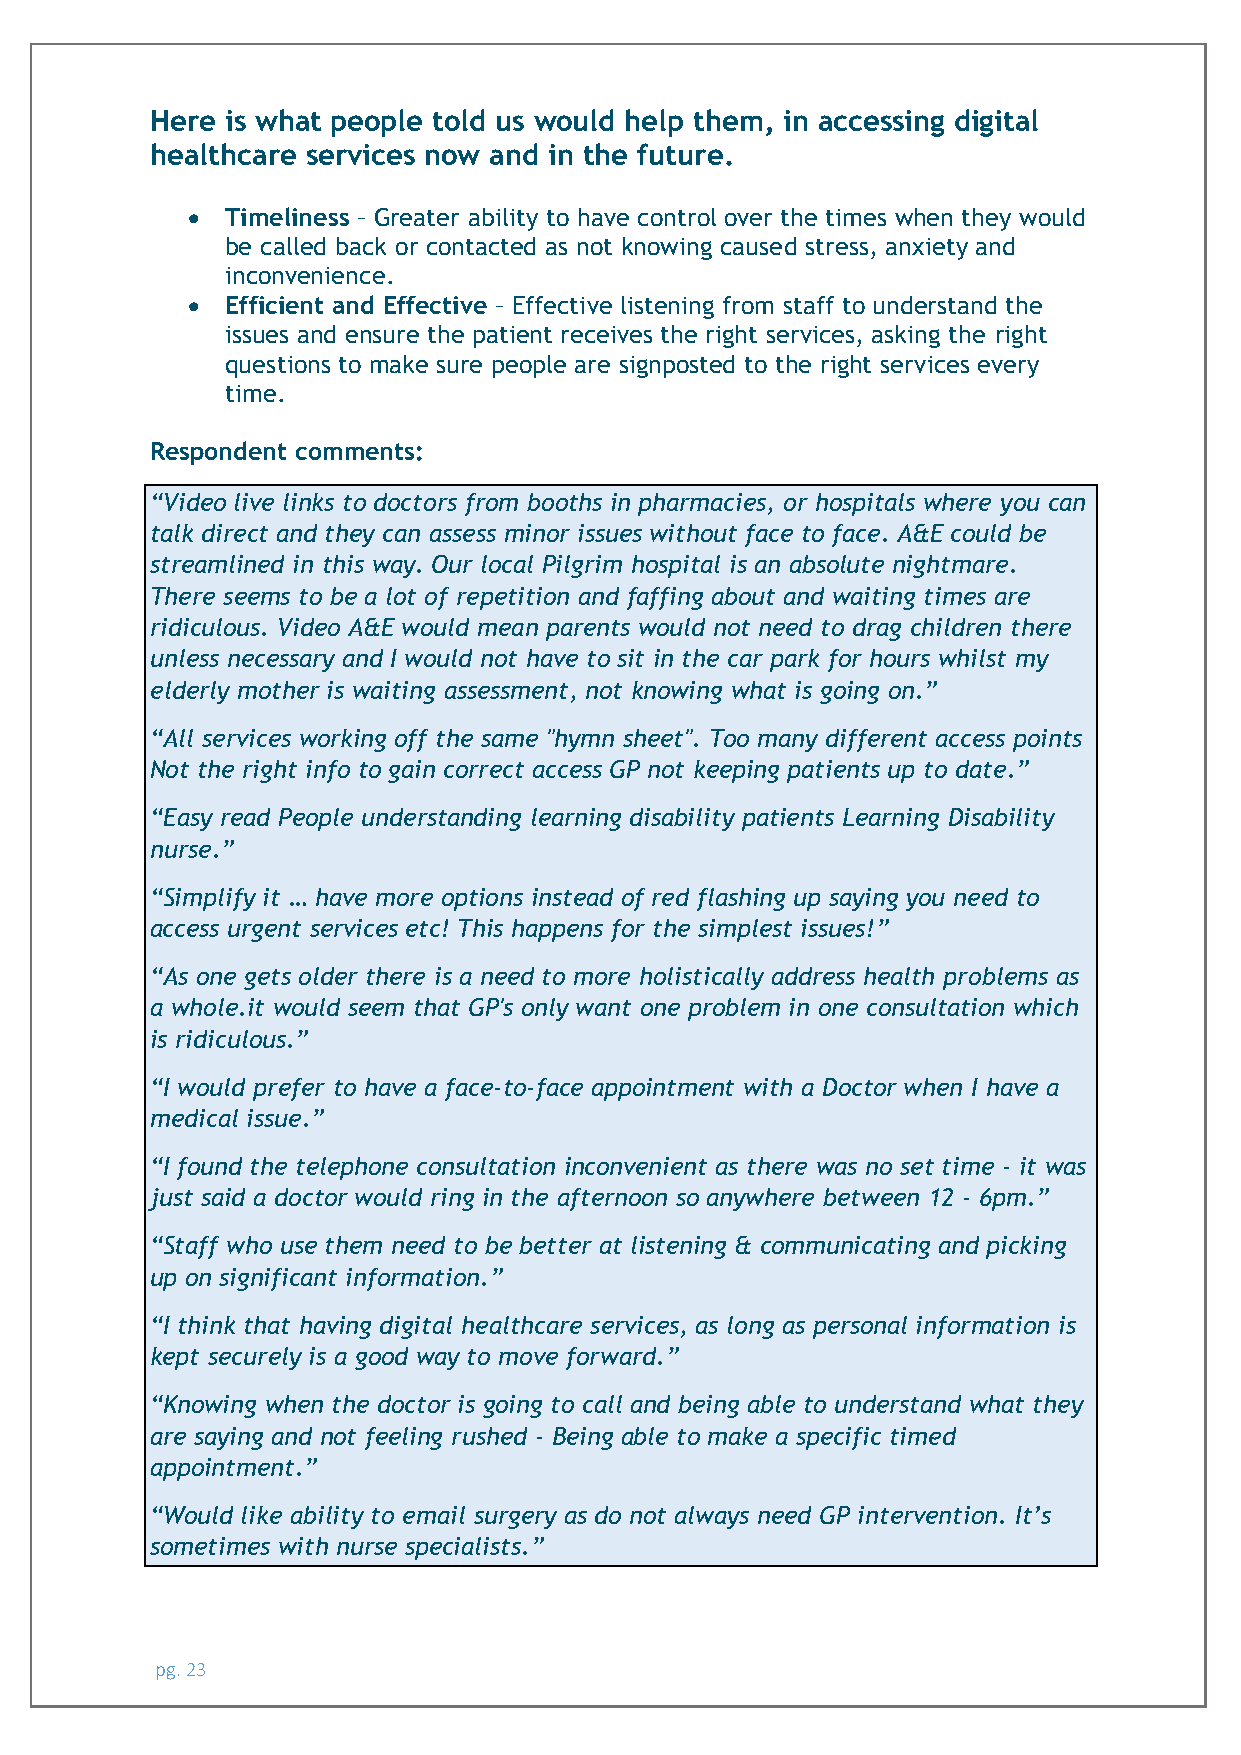
Here is what people told us would help them, in accessing digital
 healthcare services now and in the future.
 •  Timeliness – Greater ability to have control over the times when they would
 be called back or contacted as not knowing caused stress, anxiety and
 inconvenience.
 •  Efficient and Effective – Effective listening from staff to understand the
 issues and ensure the patient receives the right services, asking the right
 questions to make sure people are signposted to the right services every
 time.
 Respondent comments:
 “Video live links to doctors from booths in pharmacies, or hospitals where you can
 talk direct and they can assess minor issues without face to face. A&E could be
 streamlined in this way. Our local Pilgrim hospital is an absolute nightmare.
 There seems to be a lot of repetition and faffing about and waiting times are
 ridiculous. Video A&E would mean parents would not need to drag children there
 unless necessary and I would not have to sit in the car park for hours whilst my
 elderly mother is waiting assessment, not knowing what is going on.”
 “All services working off the same "hymn sheet". Too many different access points
 Not the right info to gain correct access GP not keeping patients up to date.”
 “Easy read People understanding learning disability patients Learning Disability
 nurse.”
 “Simplify it … have more options instead of red flashing up saying you need to
 access urgent services etc! This happens for the simplest issues!”
 “As one gets older there is a need to more holistically address health problems as
 a whole.it would seem that GP's only want one problem in one consultation which
 is ridiculous.”
 “I would prefer to have a face-to-face appointment with a Doctor when I have a
 medical issue.”
 “I found the telephone consultation inconvenient as there was no set time - it was
 just said a doctor would ring in the afternoon so anywhere between 12 - 6pm.”
 “Staff who use them need to be better at listening & communicating and picking
 up on significant information.”
 “I think that having digital healthcare services, as long as personal information is
 kept securely is a good way to move forward.”
 “Knowing when the doctor is going to call and being able to understand what they
 are saying and not feeling rushed - Being able to make a specific timed
 appointment.”
 “Would like ability to email surgery as do not always need GP intervention. It’s
 sometimes with nurse specialists.”
 pg. 23